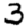
Digit: 3